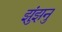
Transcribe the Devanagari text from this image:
झुंझनु